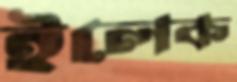
ইলেক